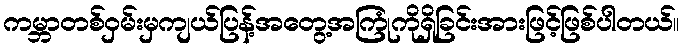
ကမ္ဘာတစ်ဝှမ်းမှကျယ်ပြန့်အတွေ့အကြုံကိုရှိခြင်းအားဖြင့်ဖြစ်ပါတယ်။